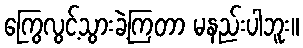
ကြွေလွင့်သွားခဲ့ကြတာ မနည်းပါဘူး။